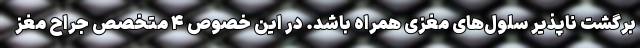
برگشت ناپذیر سلول‌های مغزی همراه باشد. در این خصوص ۴ متخصص جراح مغز